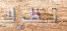
نظرك